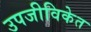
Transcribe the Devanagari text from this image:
उपजीविकेत